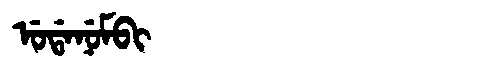
Manchu: ᡠᡩᠠᠨᡠᠮᠪᡳ
Romanization: UDANUMBI